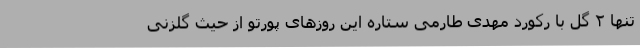
تنها ۲ گل با رکورد مهدی طارمی ستاره این روز‌های پورتو از حیث گلزنی